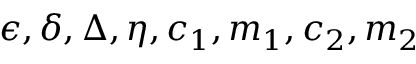
\epsilon , \delta , \Delta , \eta , c _ { 1 } , m _ { 1 } , c _ { 2 } , m _ { 2 }